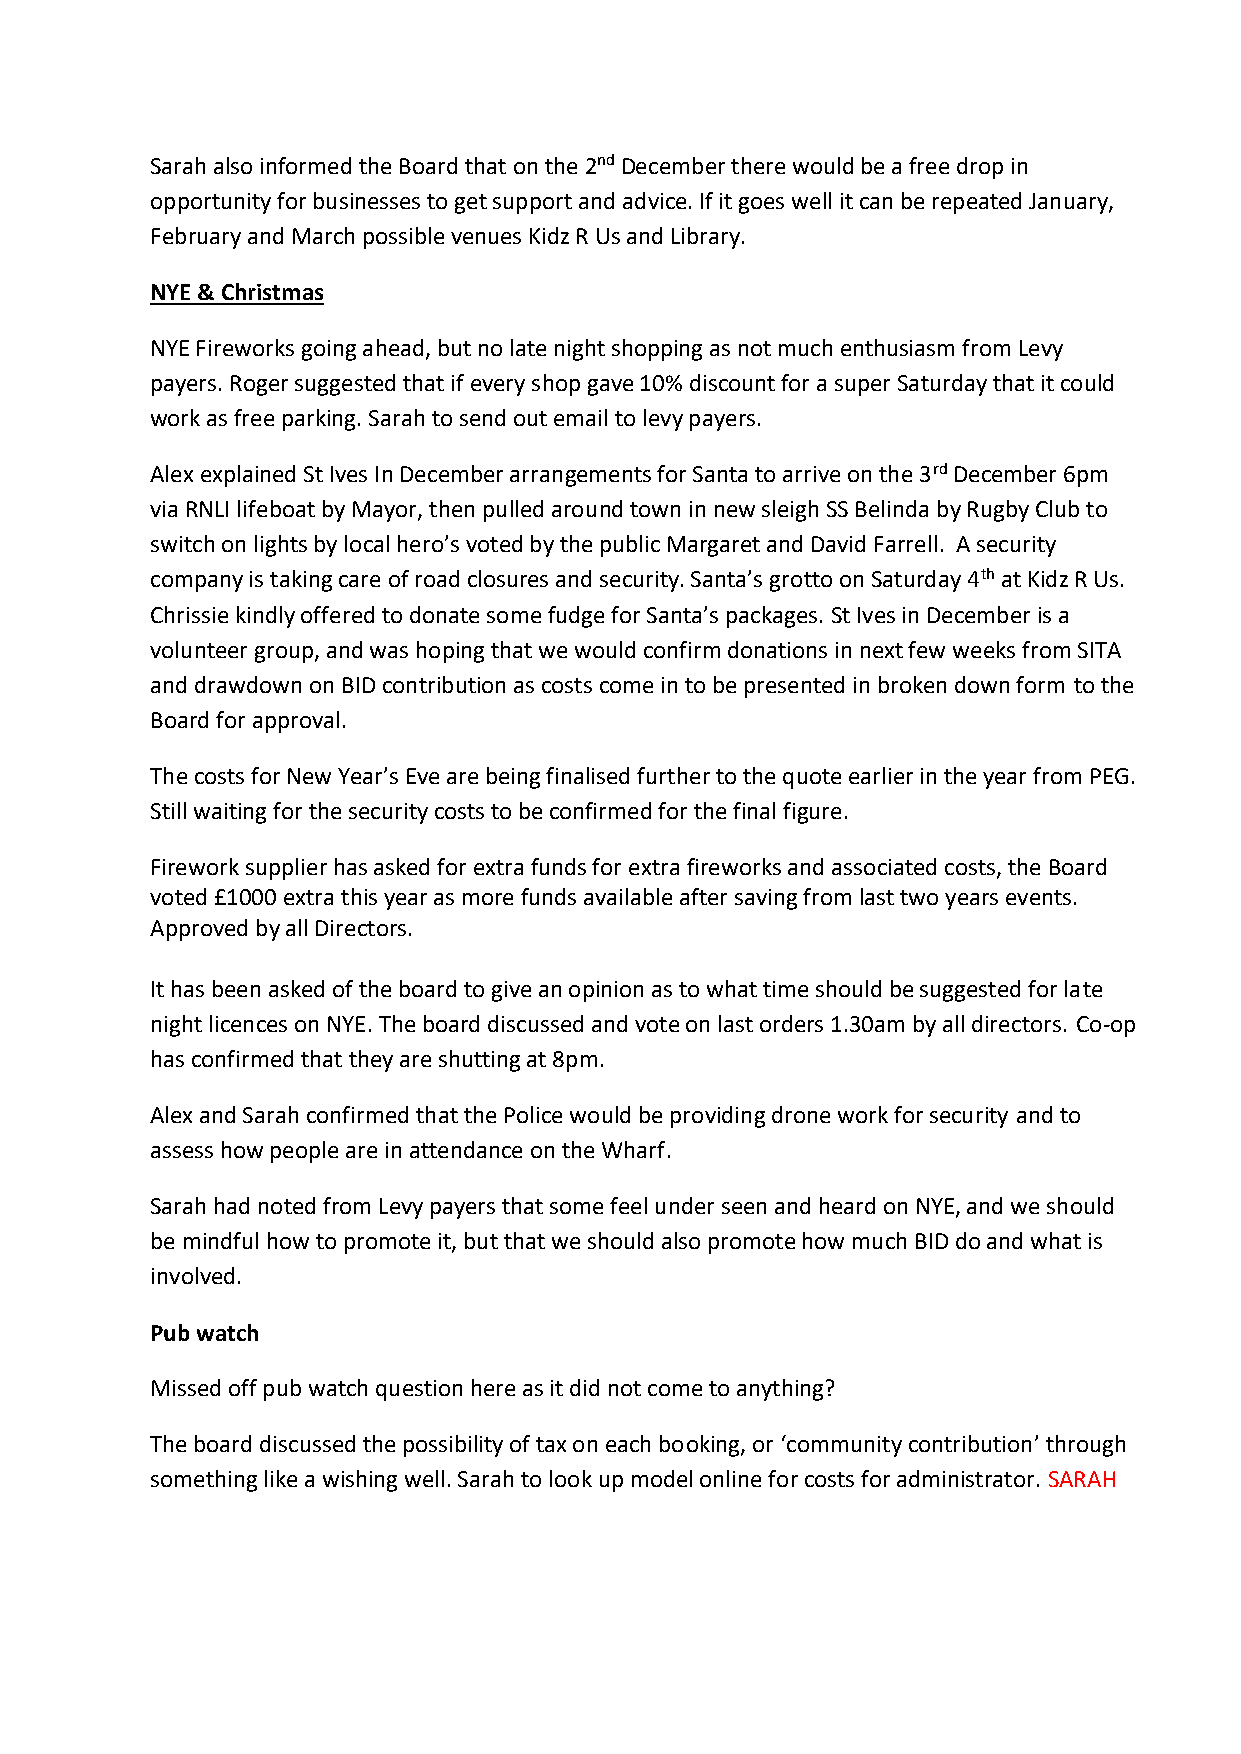
Sarah also informed the Board that on the 2nd December there would be a free drop in
 opportunity for businesses to get support and advice. If it goes well it can be repeated January,
 February and March possible venues Kidz R Us and Library.
 NYE & Christmas
 NYE Fireworks going ahead, but no late night shopping as not much enthusiasm from Levy
 payers. Roger suggested that if every shop gave 10% discount for a super Saturday that it could
 work as free parking. Sarah to send out email to levy payers.
 Alex explained St Ives In December arrangements for Santa to arrive on the 3rd December 6pm
 via RNLI lifeboat by Mayor, then pulled around town in new sleigh SS Belinda by Rugby Club to
 switch on lights by local hero’s voted by the public Margaret and David Farrell. A security
 company is taking care of road closures and security. Santa’s grotto on Saturday 4th at Kidz R Us.
 Chrissie kindly offered to donate some fudge for Santa’s packages. St Ives in December is a
 volunteer group, and was hoping that we would confirm donations in next few weeks from SITA
 and drawdown on BID contribution as costs come in to be presented in broken down form to the
 Board for approval.
 The costs for New Year’s Eve are being finalised further to the quote earlier in the year from PEG.
 Still waiting for the security costs to be confirmed for the final figure.
 Firework supplier has asked for extra funds for extra fireworks and associated costs, the Board
 voted £1000 extra this year as more funds available after saving from last two years events.
 Approved by all Directors.
 It has been asked of the board to give an opinion as to what time should be suggested for late
 night licences on NYE. The board discussed and vote on last orders 1.30am by all directors. Co-op
 has confirmed that they are shutting at 8pm.
 Alex and Sarah confirmed that the Police would be providing drone work for security and to
 assess how people are in attendance on the Wharf.
 Sarah had noted from Levy payers that some feel under seen and heard on NYE, and we should
 be mindful how to promote it, but that we should also promote how much BID do and what is
 involved.
 Pub watch
 Missed off pub watch question here as it did not come to anything?
 The board discussed the possibility of tax on each booking, or ‘community contribution’ through
 something like a wishing well. Sarah to look up model online for costs for administrator. SARAH